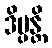
ဒိပ္ပန္တိ